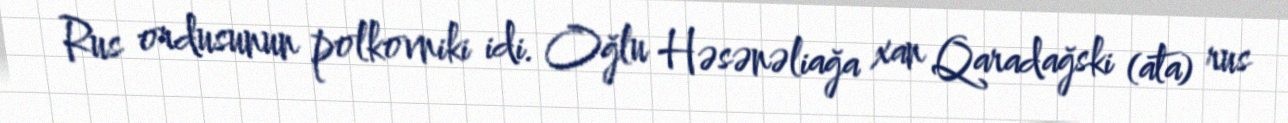
Rus ordusunun polkovniki idi. Oğlu Həsənəliağa xan Qaradağski (ata) rus